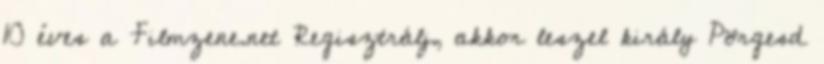
10 éves a Filmzene.net Regisztrálj, akkor leszel király Pörgesd